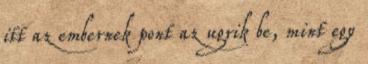
itt az embernek pont az ugrik be, mint egy